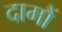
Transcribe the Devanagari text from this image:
दामौं